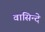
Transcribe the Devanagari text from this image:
वासिन्दे